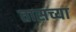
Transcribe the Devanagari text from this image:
तासच्या